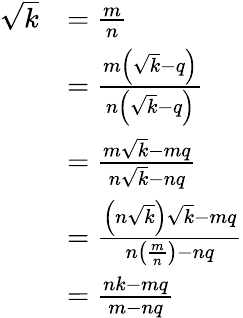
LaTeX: {\begin{array}{rl}{{\sqrt{k}}}&{={\frac{m}{n}}}\\ &{={\frac{m\left({\sqrt{k}}-q\right)}{n\left({\sqrt{k}}-q\right)}}}\\ &{={\frac{m{\sqrt{k}}-mq}{n{\sqrt{k}}-nq}}}\\ &{={\frac{\left(n{\sqrt{k}}\right){\sqrt{k}}-mq}{n\left({\frac{m}{n}}\right)-nq}}}\\ &{={\frac{nk-mq}{m-nq}}}\end{array}}